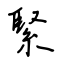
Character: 緊